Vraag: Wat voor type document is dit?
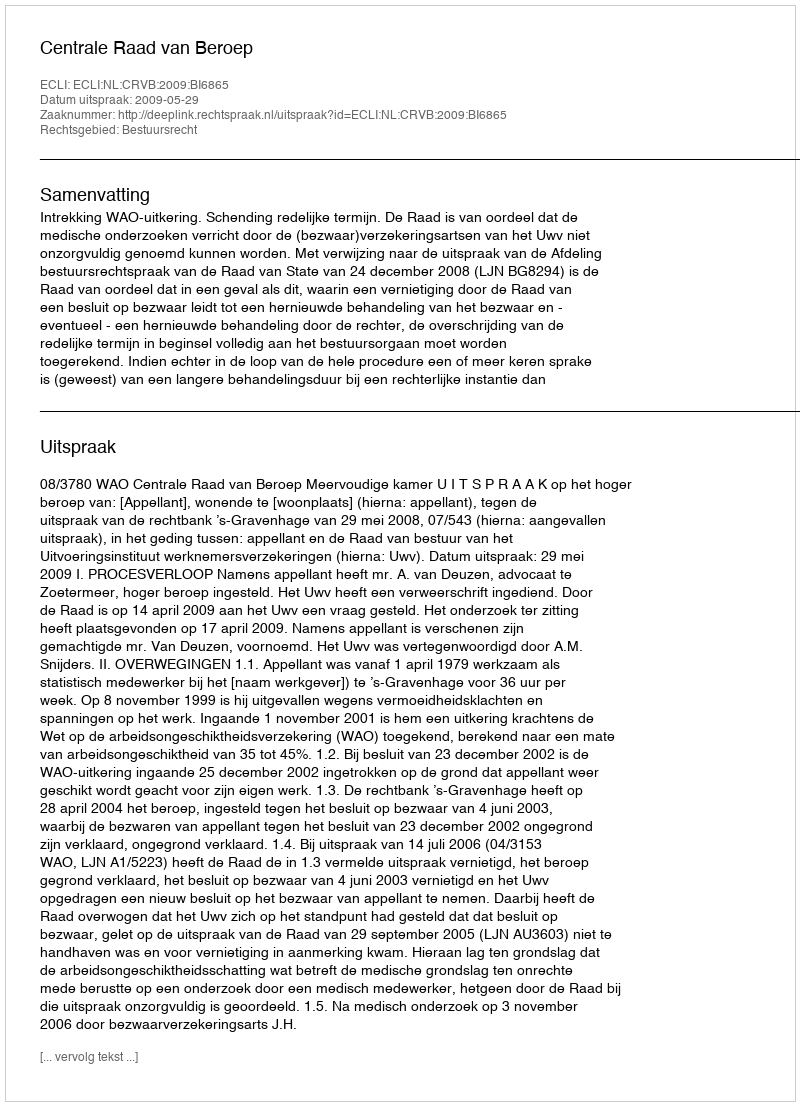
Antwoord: Uitspraak